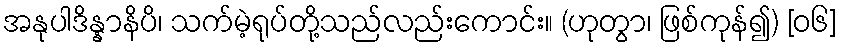
အနုပါဒိန္နာနိပိ၊ သက်မဲ့ရုပ်တို့သည်လည်းကောင်း။ (ဟုတွာ၊ ဖြစ်ကုန်၍) [၀၆]